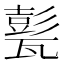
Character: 甏